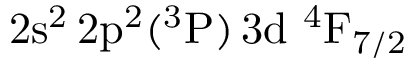
\mathrm { 2 s ^ { 2 } \, 2 p ^ { 2 } ( ^ { 3 } P ) \, 3 d ~ ^ { 4 } F _ { 7 / 2 } }